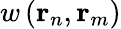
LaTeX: w\left(\mathbf{r}_{n},\mathbf{r}_{m}\right)